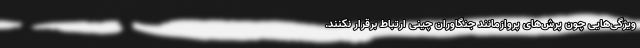
ویژگی‌هایی چون پرش‌های پروازمانندِ جنگاوران چینی ارتباط برقرار نکنند.